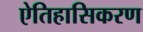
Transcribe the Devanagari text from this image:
ऐतिहासिकरण